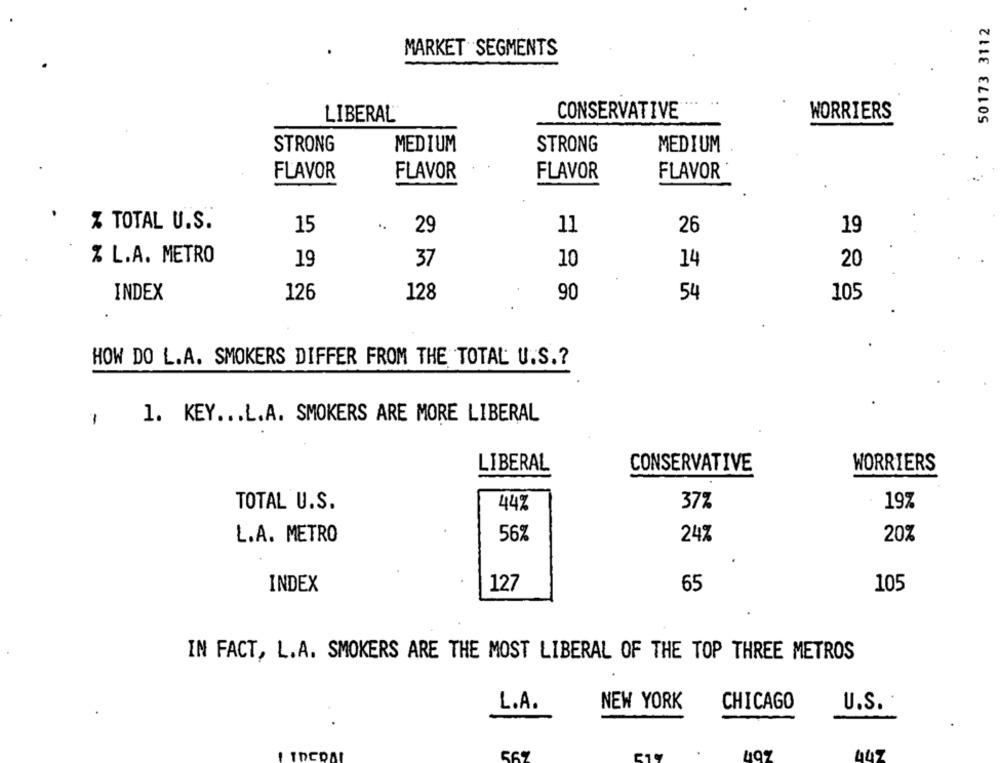
50173 3112
MARKET SEGMENTS
LIBERAL
CONSERVATIVE
WORRIERS
STRONG
MEDIUM
STRONG
MEDIUM
FLAVOR
FLAVOR
FLAVOR
FLAVOR
% TOTAL U.S.
15
29
11
26
19
% L.A. METRO
19
37
10
14
20
INDEX
126
128
90
54
105
HOW DO L.A. SMOKERS DIFFER FROM THE TOTAL U.S .?
1. KEY ... L.A. SMOKERS ARE MORE LIBERAL
1
LIBERAL
CONSERVATIVE
WORRIERS
TOTAL U.S.
44%
37%
19%
L.A. METRO
56%
24%
20%
127
65
105
INDEX
IN FACT, L.A. SMOKERS ARE THE MOST LIBERAL OF THE TOP THREE METROS
L.A.
NEW YORK
CHICAGO
U.S.
.
447